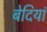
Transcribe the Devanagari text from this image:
बेदियां